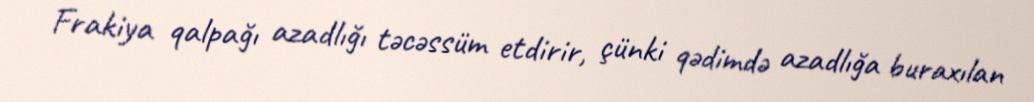
Frakiya qalpağı azadlığı təcəssüm etdirir, çünki qədimdə azadlığa buraxılan